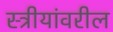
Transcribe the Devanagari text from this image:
स्त्रीयांवरील